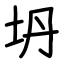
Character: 坍